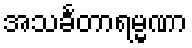
အသင်္ခတာရမ္မဏာ